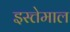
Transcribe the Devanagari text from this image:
इस्त्तेमाल